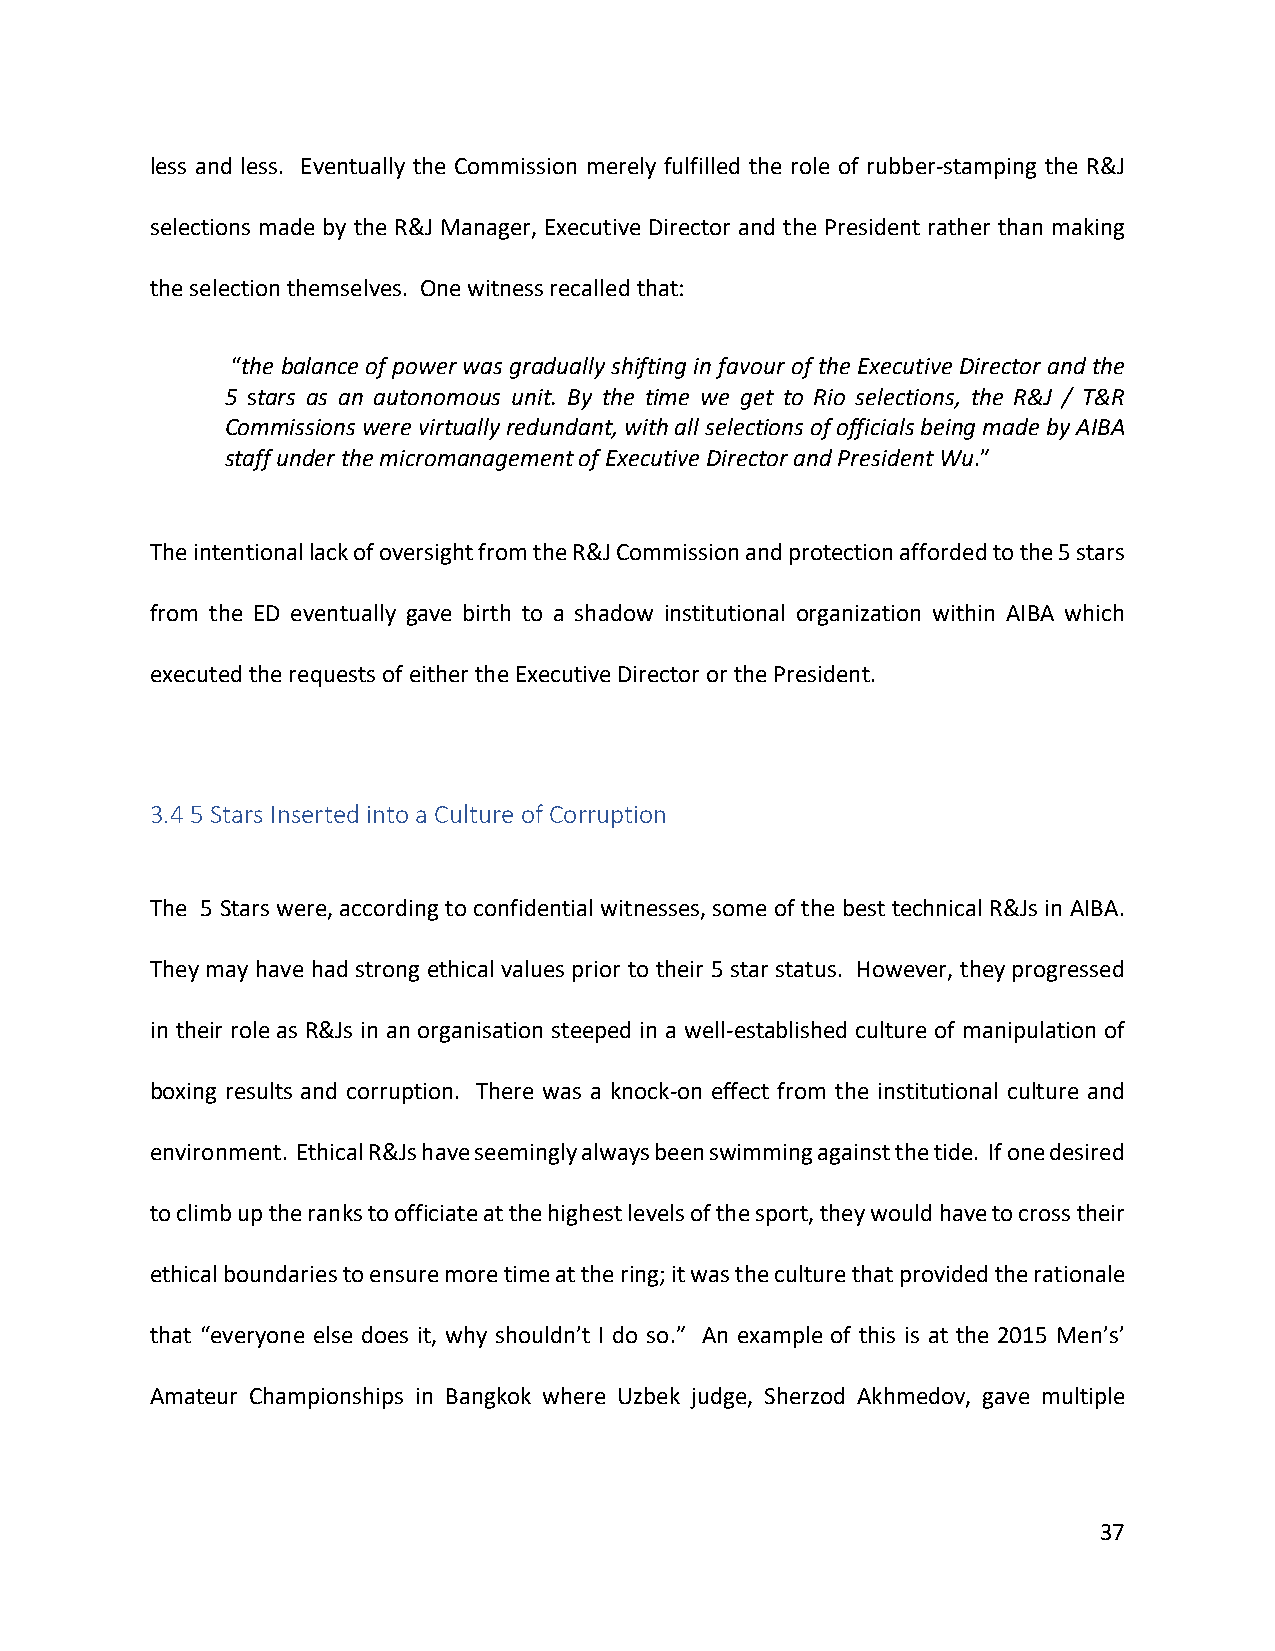
less and less. Eventually the Commission merely fulfilled the role of rubber-stamping the R&J
 selections made by the R&J Manager, Executive Director and the President rather than making
 the selection themselves. One witness recalled that:
 “the balance of power was gradually shifting in favour of the Executive Director and the
 5 stars as an autonomous unit. By the time we get to Rio selections, the R&J / T&R
 Commissions were virtually redundant, with all selections of officials being made by AIBA
 staff under the micromanagement of Executive Director and President Wu.”
 The intentional lack of oversight from the R&J Commission and protection afforded to the 5 stars
 from the ED eventually gave birth to a shadow institutional organization within AIBA which
 executed the requests of either the Executive Director or the President.
 3.4 5 Stars Inserted into a Culture of Corruption
 The 5 Stars were, according to confidential witnesses, some of the best technical R&Js in AIBA.
 They may have had strong ethical values prior to their 5 star status. However, they progressed
 in their role as R&Js in an organisation steeped in a well-established culture of manipulation of
 boxing results and corruption. There was a knock-on effect from the institutional culture and
 environment. Ethical R&Js have seemingly always been swimming against the tide. If one desired
 to climb up the ranks to officiate at the highest levels of the sport, they would have to cross their
 ethical boundaries to ensure more time at the ring; it was the culture that provided the rationale
 that “everyone else does it, why shouldn’t I do so.” An example of this is at the 2015 Men’s’
 Amateur Championships in Bangkok where Uzbek judge, Sherzod Akhmedov, gave multiple
 37